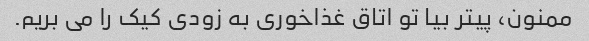
ممنون، پیتر بیا تو اتاق غذاخوری به زودی کیک را می بریم.